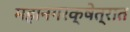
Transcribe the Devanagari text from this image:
महानगरक्षेत्रात